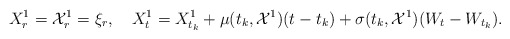
\begin{align*}X_{r}^1=\mathcal{X}_{r}^1=\xi_r,\quad{X}^{1}_t= X_{t_k}^1+ \mu(t_k,\mathcal{X}^{1})(t-t_k)+ \sigma(t_k,\mathcal{X}^{1})(W_t-W_{t_k}).\end{align*}